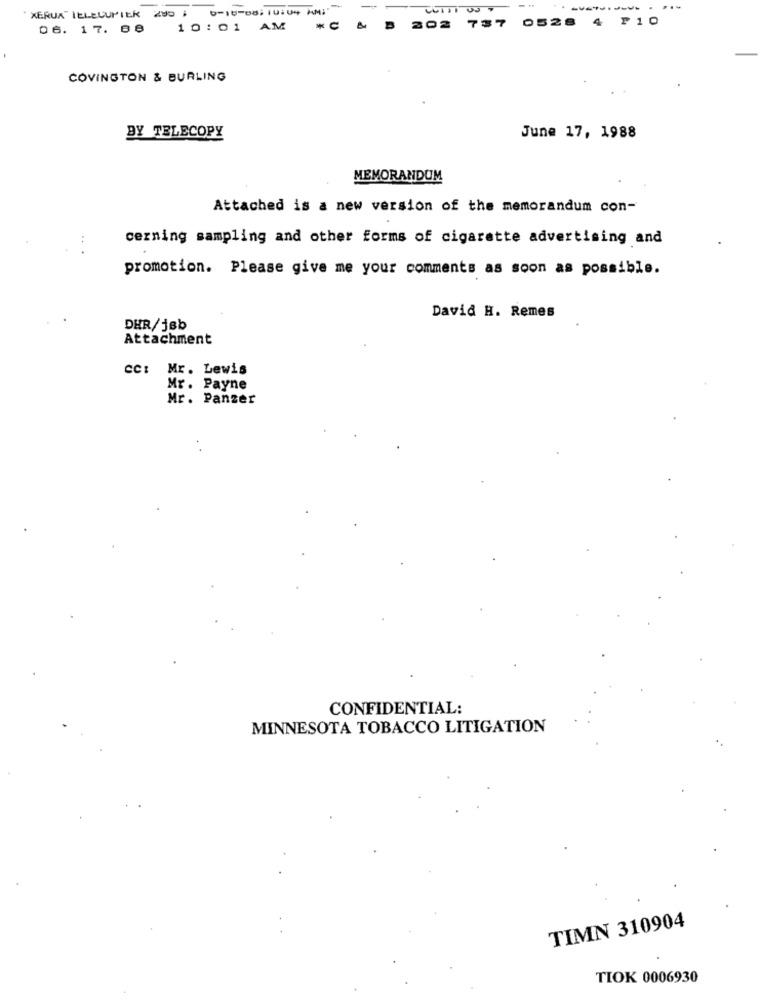
XEROX" TELECUPICK 230; 0-10-08:10:04 AM
will us
37
0528
4
P10
06. 17. 88 10:01 AM
COVINGTON & BURLING
BY TELECOPY
June 17, 1988
MEMORANDUM
Attached is a new version of the memorandum con-
cerning sampling and other forms of cigarette advertising and
promotion. Please give me your comments as soon as possible.
David H. Remes
DHR/jsb
Attachment
cc: Mr. Lewis
Mr. Payne
Mr. Panzer
CONFIDENTIAL:
MINNESOTA TOBACCO LITIGATION
TIMN 310904
TIOK 0006930